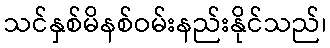
သင်နှစ်မိနစ်ဝမ်းနည်းနိုင်သည်၊